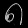
Digit: ၈